Report on sanitation, dispensaries, and jails in Rajputana for 1916, and on vaccination for the year 1916-1917 - 1916-1917
Year: 1916
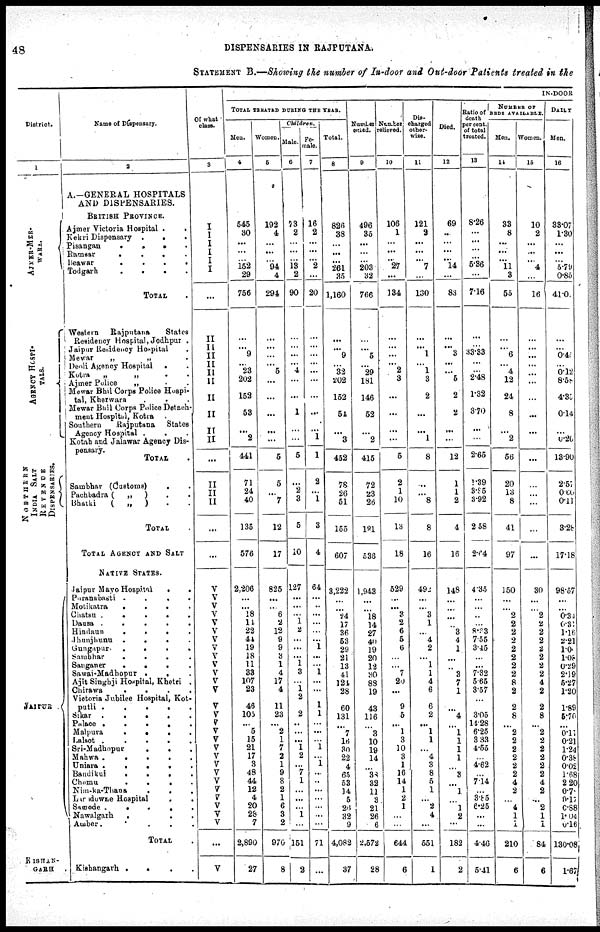
48
DISPENSARIES IN RAJPUTANA.
STATEMENT B.—Showing the number of In-door and Out-door Patients treated in the
District.
1
AJMER-MER¬
WARA.
AGENCY HOSPI¬
TALS.
NORTHERN
INDIA SALT
REVENUE
DISPENSARIES.
JAIPUR
KISHAN¬
GARH .
Name of Dispensary.
2
A.—GENERAL HOSPITALS
AND DISPENSARIES.
BRITISH PROVINCE.
Ajmer Victoria Hospital .
.
Kekri Dispensary. .
.
Pisangan
. .
.
.
Ramsar
.
.
.
.
Beawar
.
.
.
.
Todgarh
.
.
.
.
TOTAL .
Western
Rajputana
States
Residency Hospital, Jodhpur .
Jaipur Residency Hospital .
Mewar
„
„
.
Deoli Agency Hospital
. .
Kotra „ „ . .
Ajmer Police „ „ . .
Merwar Bhil Corps Police Hospi-
tal, Kherwara . . .
Mewar Bhil Corps Police Detach-
ment Hospital, Kotra .
Southern
Rajputana
States
Agency Hospital . . .
Kotah and Jalawar Agency Dis-
pensary.
TOTAL .
Sambhar (Customs) . .
Pachbadra (
„
) . .
Bhatki
(
„
) . .
TOTAL
TOTAL AGENCY AND SALT
NATIVE STATES.
Jaipur Mayo Hospital
.
.
Puranabasti . . .
.
.
Motikatra
.
.
.
Chatsu .
.
.
.
.
Dausa . . . .
Hindaun
.
.
. .
Jhunjhunu . . . .
Gungapur
.
.
.
.
Sambhar. . . .
Sanganer . . . .
Sawai-Madhopur . . .
Ajit Singhji Hospital, Khetri .
Chirawa
.
.
.
.
Victoria Jubilee Hospital, Kot¬
putli
.
.
.
.
Sikar . . . .
Palace.
.
.
.
Malpura
.
.
.
.
Lalsot
.
.
.
.
Sri-Madhopur . . . .
Mahwa . . . .
Uniara
.
.
.
.
Bandikui
.
.
.
.
Chomu . . . .
Nim-ka-Thana . . .
Lansdowne Hospital . . . .
Samode
.
.
.
.
Nawalgarh . . . .
Amber.
TOTAL .
Kishangarh . . . .
Of what
class.
3
I
I
I
I
I
I
...
II
II
II II
II
II
II
II
II
II
...
II
II
II
...
...
V
V
V
V V
V
V
V
V
V
V
V
V
V
V
V
V
V
V
V
V
V
V
V
V
V
V
V
...
V
IN-DOOR
TOTAL TREATED DURING THE YEAR.
Men.
4
545
30
...
...
152
29
756
...
...
9
...
23
202
152
53
...
2
441
71
24
40
135
576
2,206
...
...
18
14
22
44
19
18
11
33
107
23
46
103
...
5
15
21
17
3
48
44
12
4
20
28
7
2,890
27
Women.
5
192
4
...
...
94
4
294
...
...
...
...
5
...
...
...
...
...
5
5
...
7
12
17
825
...
...
6
2
12
9
9
3
1
4
17
4
11
23
...
2
1
7
2
1
9
8
2
1
6 3
2
970
8
Children.
Male.
6
73
2
...
...
13
2
90
...
...
...
...
4
...
...
1
...
...
5
...
2
3
5
10
127
...
...
...
1
2
...
...
...
1
...
...
1
2
2
...
...
...
1
2
...
7
1
...
...
...
1
...
151
2
Fe-
male.
7
16
2
...
...
2
...
20
...
...
...
...
...
...
...
...
...
1
1
2
...
1
3
4
64
...
...
...
...
...
...
1
...
...
1
...
...
1
1
...
...
...
1
...
1
...
...
...
...
...
...
...
71
...
Total.
8
826
38
...
...
261
35
1,160
...
...
9
...
32
202
152
54
...
3
452
78
26
51
155
607
3,222
...
...
24
17
36
53
29
21
13
41
124
28
60
131
...
7
16
30
22
4
65
53
14
5
26
32
9
4,082
37
Number
cured.
9
496
35
...
...
203
32
766
...
...
5
...
29
181
146
52
...
2
415
72
23
26
121
536
1,943
...
...
18
14
27
40
19
20
12
30
88
19
43
116
...
3
10 19
14
...
38
32
11
3
21
26
6
2,572
28
Number
relived.
10
106
1
...
...
27
...
134
...
...
...
...
2
3
...
...
...
...
5
2
1
10
13
18
529
...
...
3
2
6
5
6
...
...
7
20
...
9
5
...
1
3
10
3
1
16
14
1
2
1
...
...
644
6
Dis¬
charged
other¬
wise.
11
121
2
...
...
7
...
130
...
...
1
...
1
3
2
...
...
1
8
...
...
8
8
16
49
...
...
3
1
...
4
2
...
1
1
4
6
6
2
...
1
1
...
4
3
8
5
1
...
2
4
...
551
1
Died.
12
69
...
...
...
14
...
83
...
...
3
...
...
5
2
2
...
...
12
1
1
2
4
16
148
...
...
...
...
3
4
1
...
...
3
7
1
...
4
...
1
1
1
1
...
8
...
1
...
1
2
...
182
2
Ratio of
death
per cent.
of total
treated.
13
8.26
...
...
...
5.36
...
7.16
...
...
33.33
...
...
248
1.32
3.70
...
...
2.65
1.39
3.85
3.92
2.58
2.64
4.35
...
...
...
...
8.33
7.55
3.45
...
...
7.32
5.65
3.57
...
3.05
14.28
6.25
3.33
4.55
...
4.62
...
7.14
...
3.85
6.25
...
...
4.46
5.41
NUMBER OF
BEDS AVAILABLE.
Men.
14
33
8
...
...
11
3
55
...
...
6
...
4
12
24
8
...
...
56
20
13
8
41
97
150
...
...
2
2
2
2
2
2
2
2
8
2
2
8
...
2
2
2
2
2
2
4
2
...
4
1
1
210
6
Women.
15
10
2
...
...
4
...
16
...
...
...
...
...
...
...
...
...
2
...
...
...
...
...
...
30
...
...
2
2
2
2
2
2
2
2
4
2
2
8
...
2
2
2
2
2
2
4
2
...
2
1
1
84
6
DAILY
Men.
16
33.07
1.30
...
...
5.79
0.85
41.0
...
...
0.4
...
0.12
8.58
4.35
0.14
...
0.26
13.90
2.57
0.60
0.11
3.28
17.18
98.57
... ...
0.34
0.31
1.16
2.21
1.01
1.08
0.29
2.19
5.27
1.20
1.89
5.70
...
0.11
0.21
1.24
0.38
0.02
1.68
2.20
0.78
0.17
0.88
1.04
0.16
130.08
1.67